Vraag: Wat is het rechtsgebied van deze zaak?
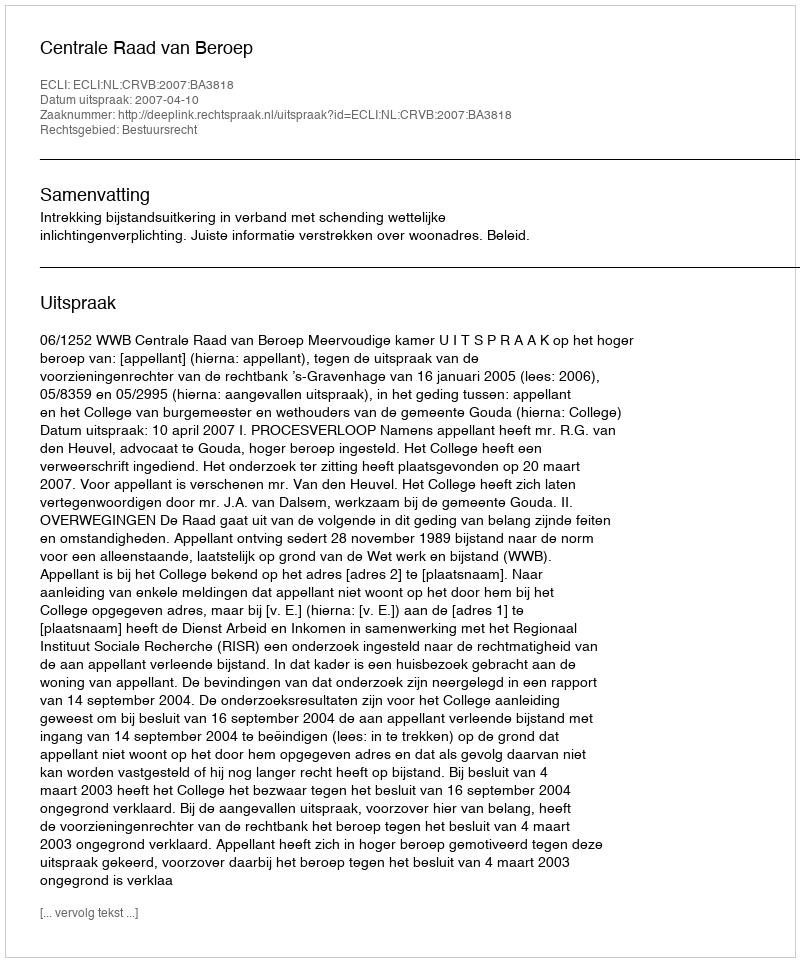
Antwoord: Bestuursrecht